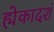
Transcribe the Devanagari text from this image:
ह्मेकादशं